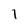
Character: 1